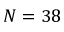
N = 3 8